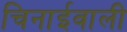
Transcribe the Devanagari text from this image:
चिनाईवाली